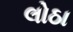
લોઠા